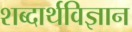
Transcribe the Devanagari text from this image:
शब्दार्थविज्ञान